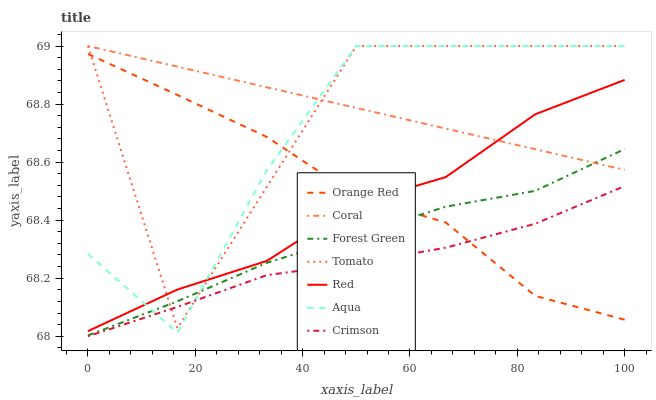
| xaxis_label | Orange Red | Coral | Forest Green | Tomato | Red | Aqua | Crimson |
 | --- | --- | --- | --- | --- | --- | --- | --- |
 | 0 | 69 | 69 | 68 | 69 | 68 | 68.3 | 68 |
 | 16.7 | 68.8 | 68.9 | 68.1 | 68 | 68.2 | 68 | 68.1 |
 | 33.3 | 68.7 | 68.9 | 68.3 | 68.5 | 68.3 | 68.6 | 68.2 |
 | 50 | 68.5 | 68.8 | 68.3 | 69 | 68.5 | 69 | 68.3 |
 | 66.7 | 68.4 | 68.7 | 68.4 | 69 | 68.5 | 69 | 68.3 |
 | 83.3 | 68.1 | 68.6 | 68.5 | 69 | 68.8 | 69 | 68.4 |
 | 100 | 68.1 | 68.6 | 68.6 | 69 | 68.9 | 69 | 68.5 |